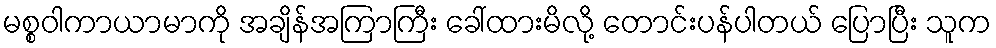
မစ္စဝါကာယာမာကို အချိန်အကြာကြီး ခေါ်ထားမိလို့ တောင်းပန်ပါတယ် ပြောပြီး သူက